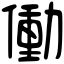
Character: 働